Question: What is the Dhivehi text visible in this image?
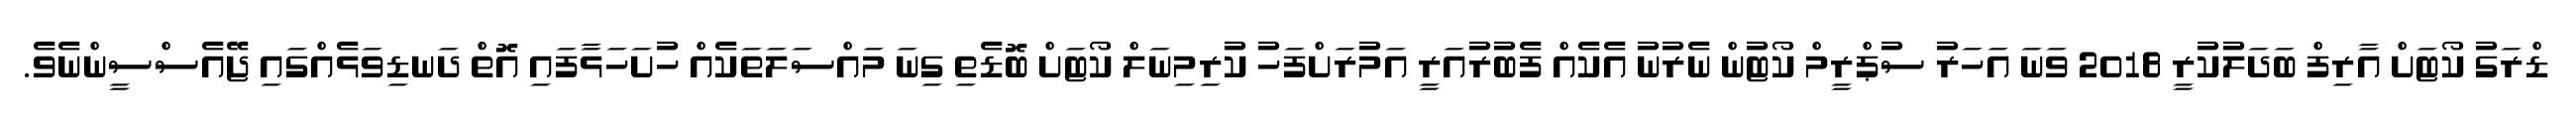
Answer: ޑްރަގު ކޯޓަށް އާރިފް ބަދަލުކުރީ 2018 ވަނަ އަހަރު ސުޕްރީމް ކޯޓުން ނެރުނު އެކެއް ފެބުރުއަރީ އަމުރަށްފަހު ކުރިމިނަލް ކޯޓަށް ބޮޑެތި ގިނަ މައްސަލަތަކެއް ހުށަހަޅާފައި އޮތް ދަނޑިވަޅެއްގައި ޖޭއެސްސީންނެވެ.